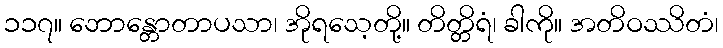
၁၁၇။ ဘောန္တောတာပသာ၊ အိုရသေ့တို့။ တိတ္တိရံ၊ ခါကို။ အတိဝဿိတံ၊